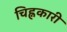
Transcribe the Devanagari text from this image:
चिह्नकारी